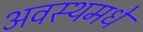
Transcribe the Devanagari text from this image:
अवस्थमधे